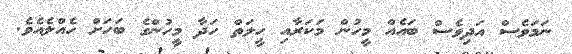
ނަމަވެސް އަދިވެސް ބައެއް މީހުން މަކަރާއި ހީލަތް ހަދާ މީހުންގެ ބަހަށް ހެއްލެއެވެ.